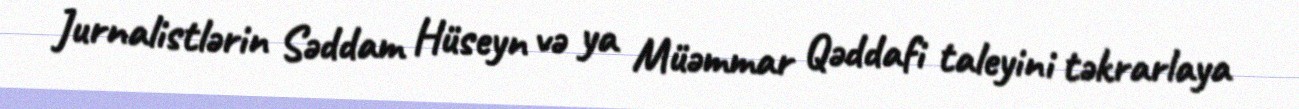
Jurnalistlərin Səddam Hüseyn və ya Müəmmar Qəddafi taleyini təkrarlaya